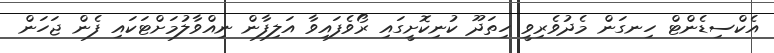
އެކްސިޑެންޓް ހިނގަން މެދުވެރިވީ ހިތަދޫ ކުނިކޮށީގައި ރޯވެފައިވާ އަލިފާން ނިއްވާލުމަށްޓަކައި ފެން ޖަހަން